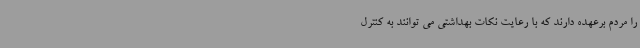
را مردم برعهده دارند که با رعایت نکات بهداشتی می توانند به کنترل